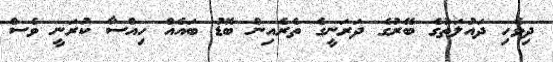
ދިވެހި ދައުލަތުގެ ބޭރުގެ ދަރަނީގެ ތެރެއިން ބޮޑު ބައެއް ހިއްސާ ކުރަނީ ވެސް